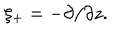
LaTeX: \xi _ { + } = - \partial / \partial z .